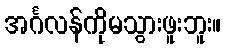
အင်္ဂလန်ကိုမသွားဖူးဘူး။